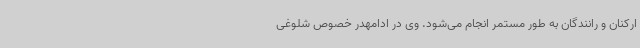
ارکنان و رانندگان به طور مستمر انجام می‌شود. وی در ادامهدر خصوص شلوغی